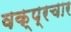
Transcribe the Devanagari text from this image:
वक्प्रचार